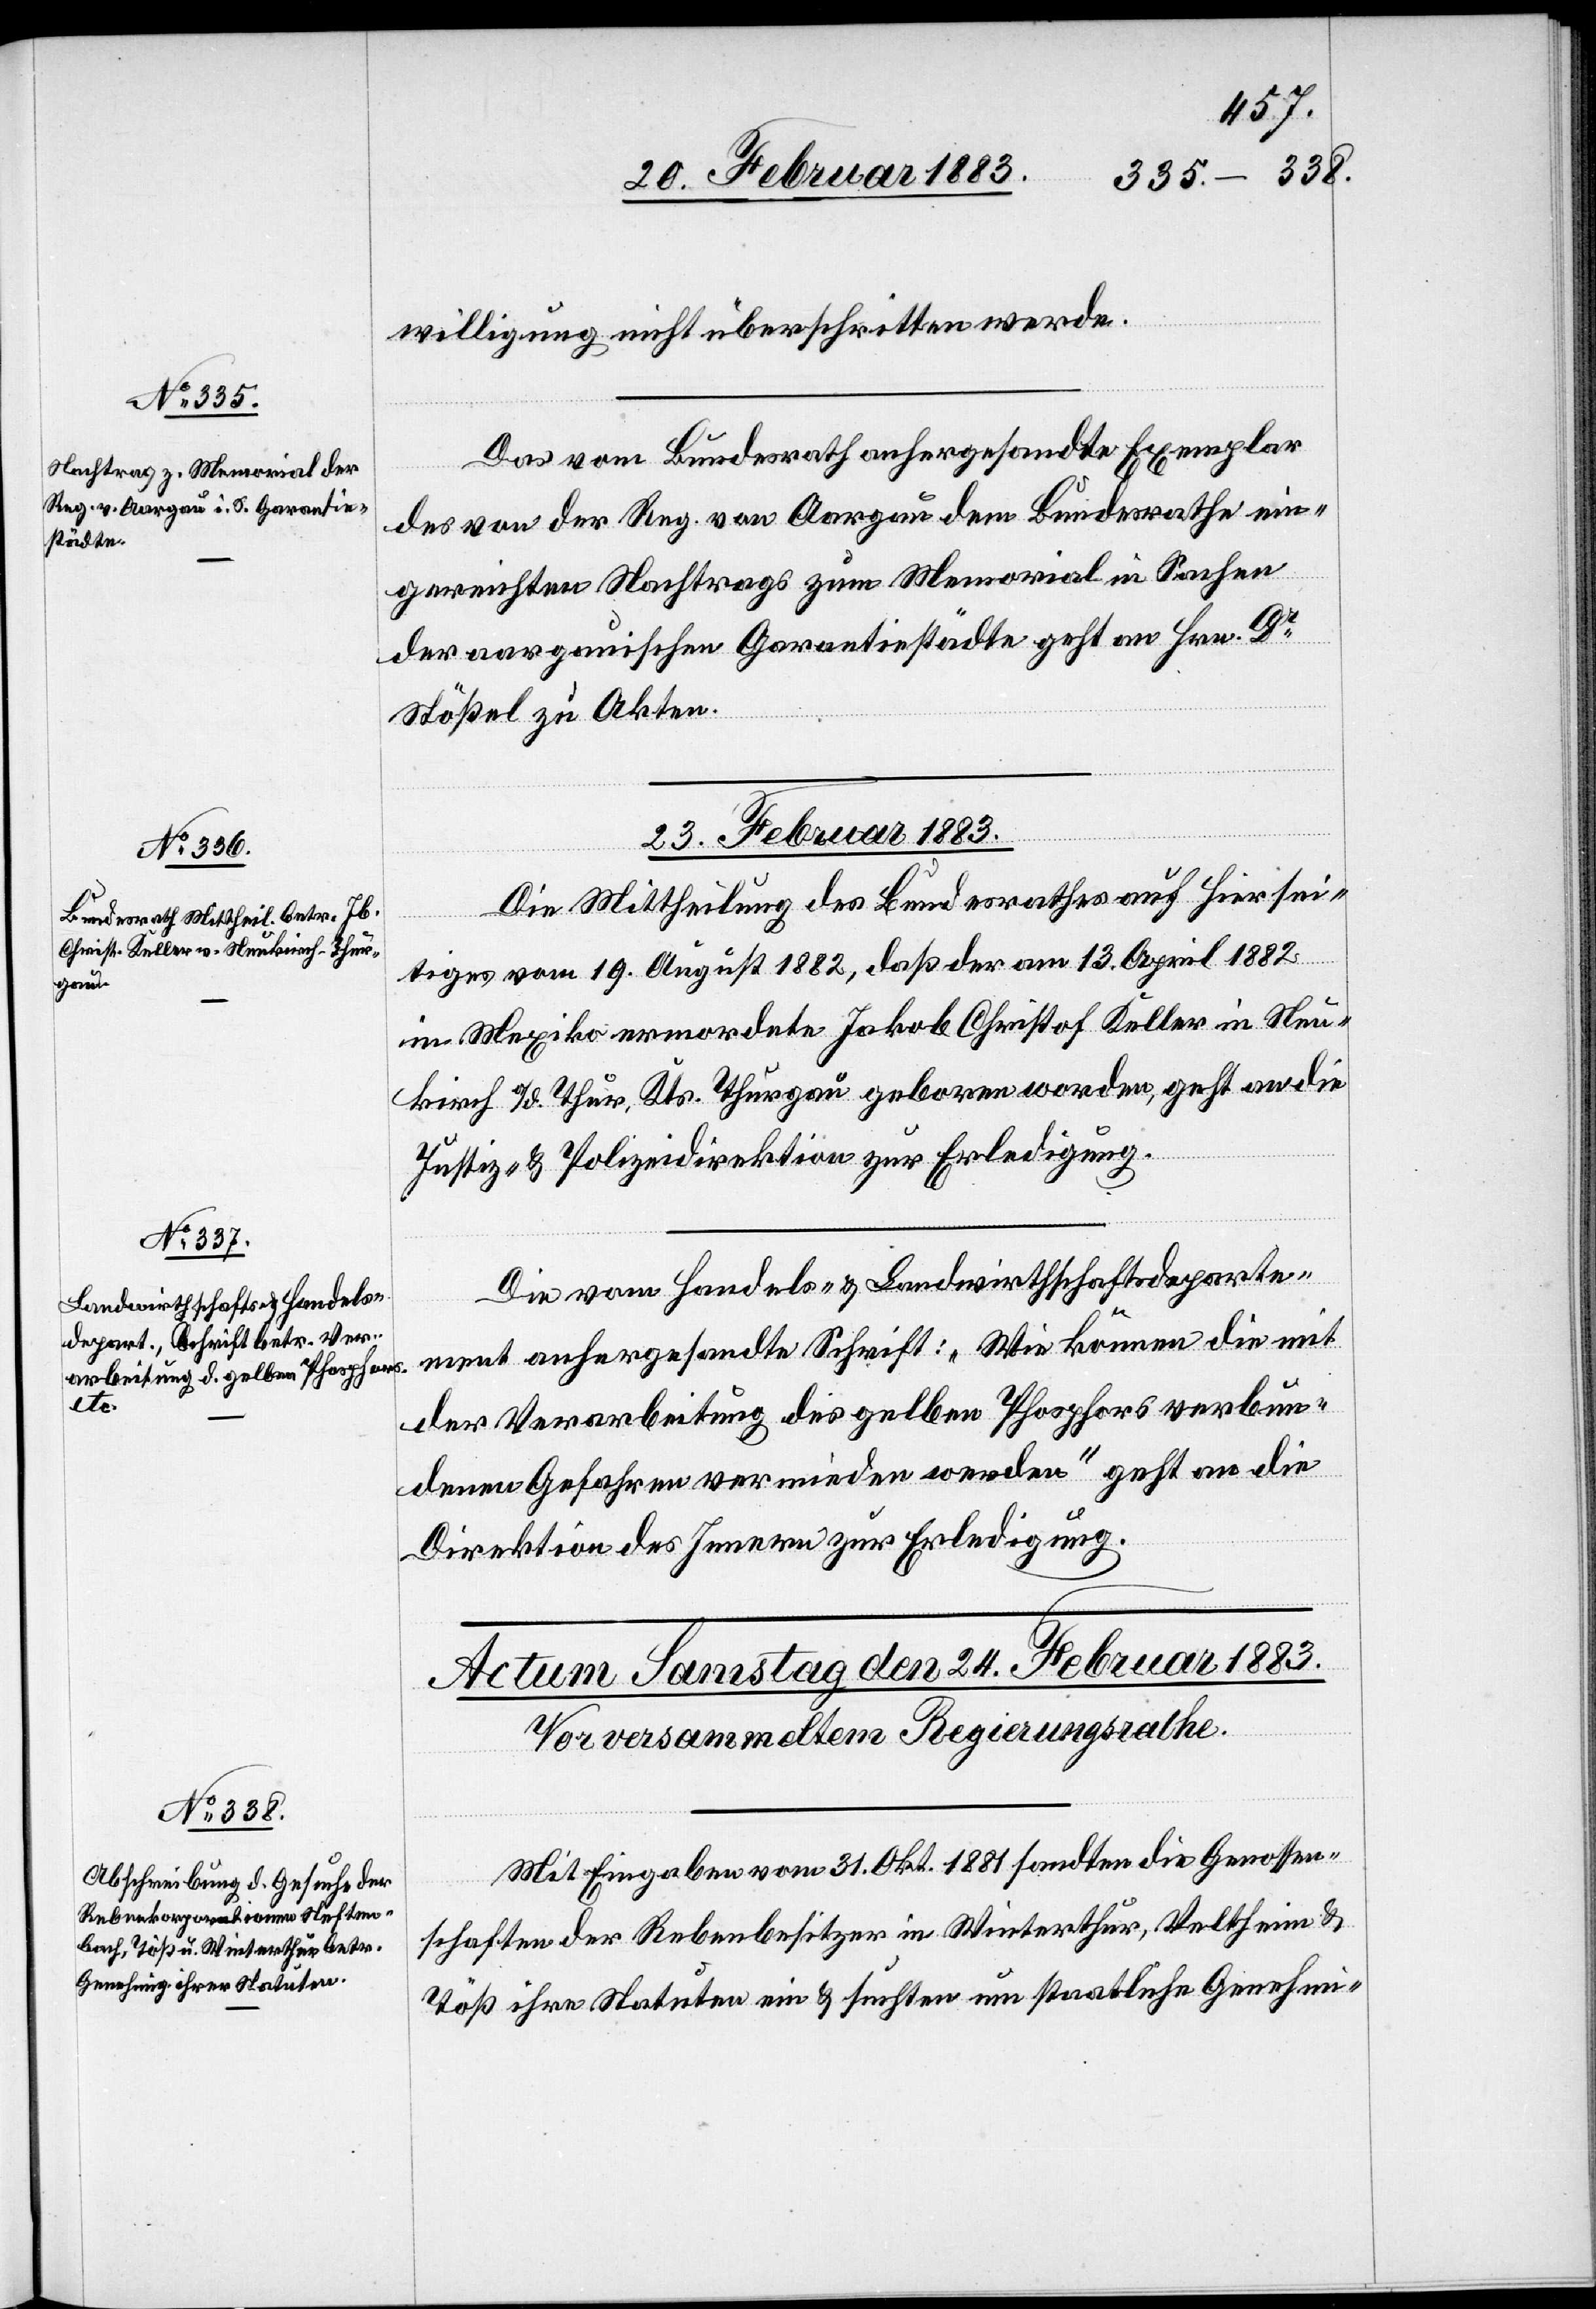
willigung nicht überschritten werde.
Das vom Bundesrath anhergesandte Exemplar
des von der Reg. von Aargau dem Bundesrathe ein¬
gereichten Nachtrags zum Memorial in Sachen
der aargauischen Garantiestädte geht an Hrn. Dr
Stößel zu Akten.
23. Februar 1883.]
Die Mittheilung des Bundesrathes auf Hiersei¬
tiges vom 19. August 1882, daß der am 13. April 1882
in Mexiko ermordete Jakob Christof Keller in Neu¬
kirch a/d. Thur, Kts. Thurgau geboren worden, geht an die
Justiz- & Polizeidirektion zur Erledigung.
Die vom Handels- & Landwirthschaftsdeparte¬
ment anhergesandte Schrift: „Wie können die mit
der Verarbeitung des gelben Phosphors verbun¬
denen Gefahren vermieden werden“ geht an die
Direktion des Innern zur Erledigung.
Mit Eingaben vom 31. Okt. 1881 sandten die Genossen¬
schaften der Rebenbesitzer in Winterthur, Veltheim
Töß ihre Statuten ein & suchten um staatliche Genehmi-